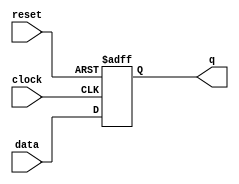
module d_ff_sync_reset (
  input data,
  input clock,
  input reset,
  output reg q
);

always @(posedge clock or posedge reset) begin
  if (reset) begin
    q <= 1'b0;
  end else begin
    q <= data;
  end
end

endmodule